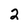
Character: 2